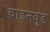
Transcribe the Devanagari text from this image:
वाइनवुड